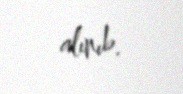
alınıb.